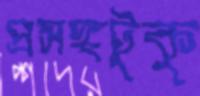
প্রসঙ্গটুকু